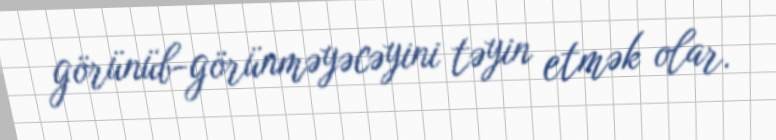
görünüb-görünməyəcəyini təyin etmək olar.